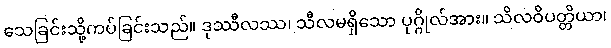
သေခြင်းသို့ကပ်ခြင်းသည်။ ဒုဿီလဿ၊ သီလမရှိသော ပုဂ္ဂိုလ်အား။ သိလဝိပတ္တိယာ၊